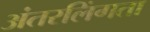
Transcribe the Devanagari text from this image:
अंतरलिंगता